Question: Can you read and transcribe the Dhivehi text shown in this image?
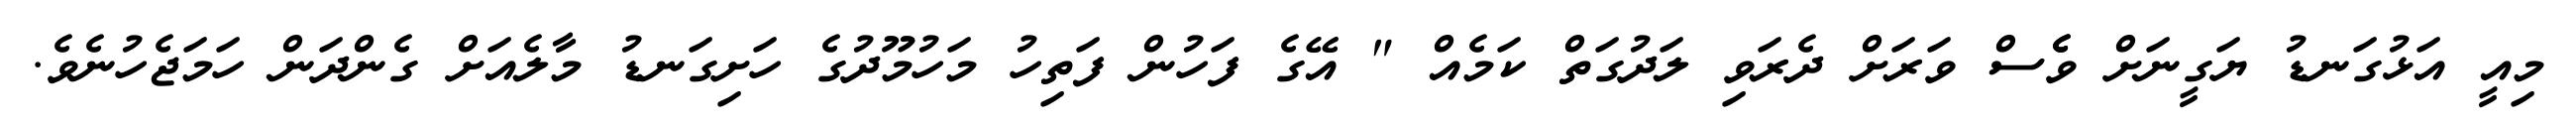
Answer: މިއީ އަޅުގަނޑު ޔަގީނަށް ވެެސް ވަރަށް ދެރަވި ލަދުގަތް ކަމެއް " އޭގެ ފަހުން ފަތިހު މަހުމޫދުގެ ހަށިގަނޑު މާލެއަށް ގެންދަން ހަމަޖެހުނެވެ.